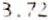
3.72